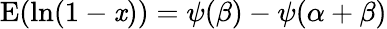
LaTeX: \operatorname{E}(\ln(1-\mathit{x}))=\psi(\beta)-\psi(\alpha+\beta)